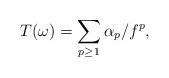
LaTeX: \begin{align*}T(\omega)= \sum_{p\geq 1} \alpha_p / f^p,\end{align*}